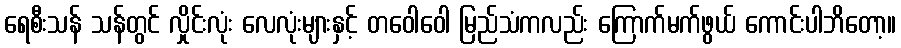
ရေစီးသန် သန်တွင် လှိုင်းလုံး လေလုံးများနှင့် တဝေါဝေါ မြည်သံကလည်း ကြောက်မက်ဖွယ် ကောင်းပါဘိတော့။